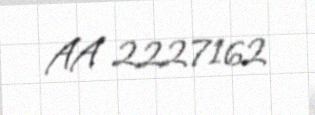
AA 2227162